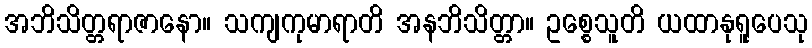
အဘိသိတ္တရာဇာနော။ သကျကုမာရာတိ အနဘိသိတ္တာ။ ဥစ္စေသူတိ ယထာနုရူပေသု